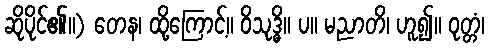
ဆိုပိုင်၏။) တေန၊ ထို့ကြောင့်။ ဝိသုဒ္ဓိ။ ပ။ မညာတိ၊ ဟူ၍။ ဝုတ္တံ၊